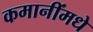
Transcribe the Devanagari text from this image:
कमानींमधे